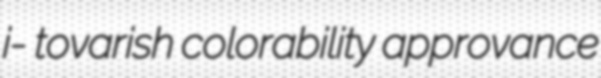
i- tovarish colorability approvance